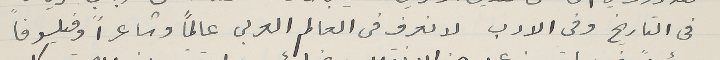
فى التاريخ وفى الادب لا نعرف فى العالم العربى عالماً وشاعراً وفيلسوفاً